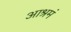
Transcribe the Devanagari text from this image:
आश्रमं